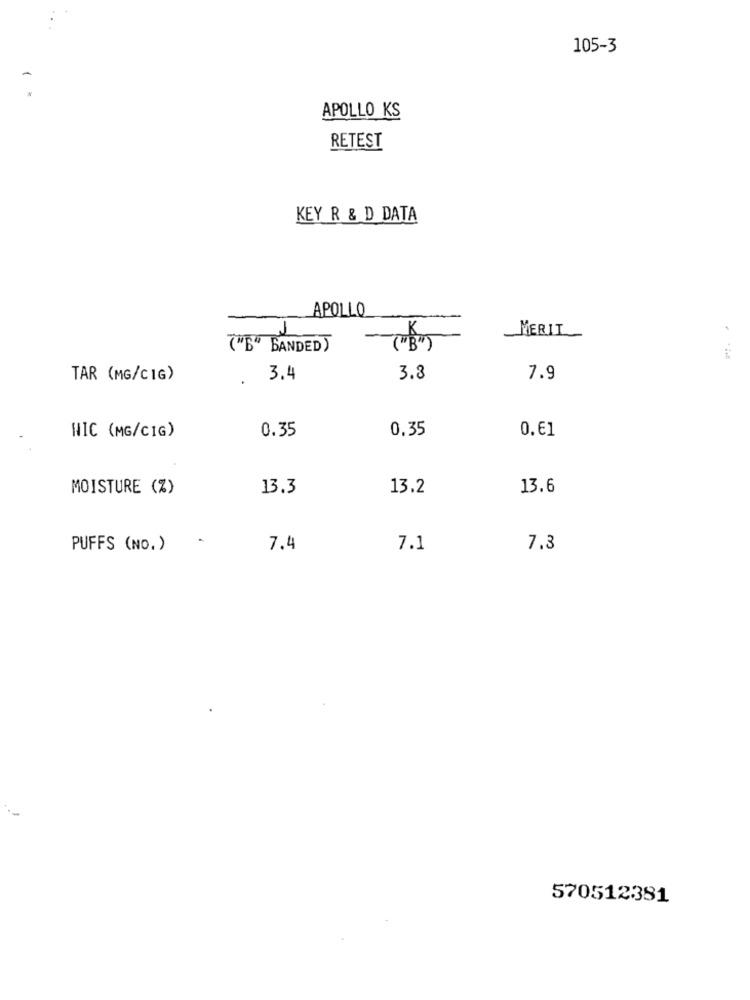
105-3
APOLLO KS
RETEST
KEY R & D DATA
APOLLO
1
MERIL
("B" BANDED)
TAR (MG/CIG)
.
3.4
3.3
7.9
NIC (MG/CIG)
0.35
0.35
0.61
MOISTURE (%)
13.3
13.2
13.6
PUFFS (NO.)
7.4
7.1
7.3
570512381